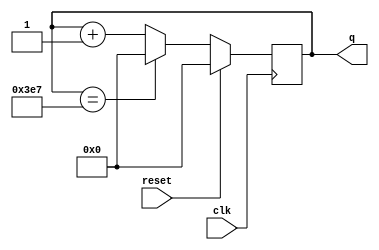
module top_module #(
	parameter	MAX = 1000,
	parameter	N   = $clog2(MAX)
)
(
    input               clk,
    input               reset,
    output	[N - 1:0]   q
);

    reg     [N - 1:0]  counter;

	always @(posedge clk) begin
		if(reset)
			counter <= '0;
		else if (counter == MAX - 1'b1)
			counter <= '0;
		else
			counter <= counter + 1'b1;
	end

	assign q = counter;

endmodule